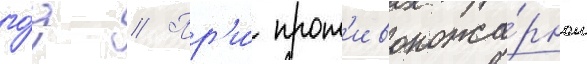
го́д // Пр'и́ прот'ивопожа́рном